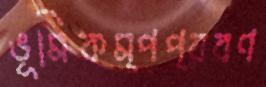
ভূমিকম্পপ্রবণ